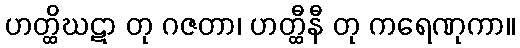
ဟတ္ထိဃဋာ တု ဂဇတာ၊ ဟတ္ထီနီ တု ကရေဏုကာ။